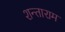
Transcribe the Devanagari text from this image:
शन्ताराम